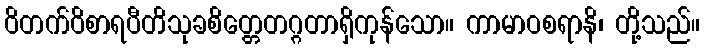
ဝိတက်ဝိစာရပီတိသုခစိတ္တေတဂ္ဂတာရှိကုန်သော။ ကာမာဝစရာနိ၊ တို့သည်။